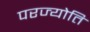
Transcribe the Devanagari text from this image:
परज्योति